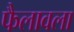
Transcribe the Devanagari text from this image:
फैलावला